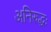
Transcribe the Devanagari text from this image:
अनिरुद्धः